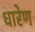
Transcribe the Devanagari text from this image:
धारेण